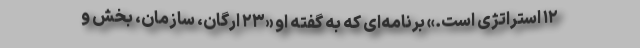
۱۲ استراتژی است.» برنامه‌ای که به گفته او «۲۳ ارگان، سازمان، بخش و